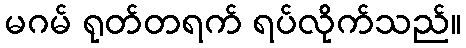
မဂမ် ရုတ်တရက် ရပ်လိုက်သည်။